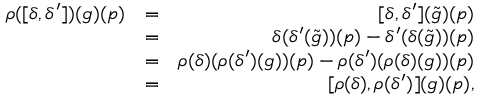
\begin{array} { r l r } { \rho ( [ \delta , \delta ^ { \prime } ] ) ( g ) ( p ) } & { = } & { [ \delta , \delta ^ { \prime } ] ( \tilde { g } ) ( p ) } \\ & { = } & { \delta ( \delta ^ { \prime } ( \tilde { g } ) ) ( p ) - \delta ^ { \prime } ( \delta ( \tilde { g } ) ) ( p ) } \\ & { = } & { \rho ( \delta ) ( \rho ( \delta ^ { \prime } ) ( g ) ) ( p ) - \rho ( \delta ^ { \prime } ) ( \rho ( \delta ) ( g ) ) ( p ) } \\ & { = } & { [ \rho ( \delta ) , \rho ( \delta ^ { \prime } ) ] ( g ) ( p ) , } \end{array}